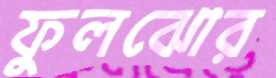
ফুলঝোর